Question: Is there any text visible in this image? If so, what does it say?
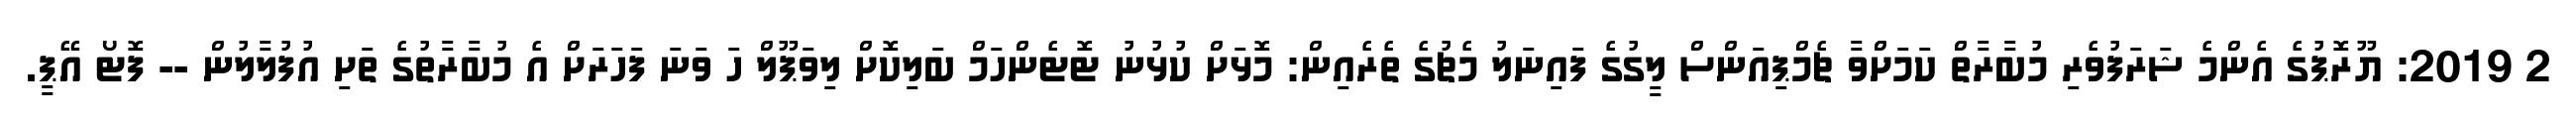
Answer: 2 2019: ޔޫރޮޕުގެ އެންމެ ޝަރަފުވެރި މުބާރާތް ކަމަށްވާ ޗެމްޕިއަންސް ލީގުގެ ފައިނަލު މެޗުގެ ތެރެއިން: މޮޅަށް ކުޅުނު ޓޮޓެންހަމް ބަލިކޮށް ލިވަޕޫލް ހަ ވަނަ ފަހަރަށް އެ މުބާރާތުގެ ތަށި އުފުލާލުން -- ފޮޓޯ އޭޕީ.